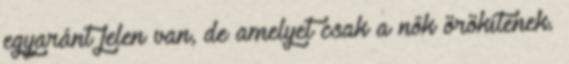
egyaránt jelen van, de amelyet csak a nők örökítenek.